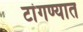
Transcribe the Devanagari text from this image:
टांगण्यात